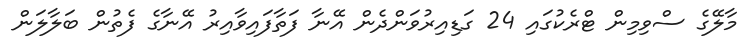
މާލޭގެ ސްވިމިން ޓްރެކުގައި 24 ގަޑިއިރުވަންދެން އޭނާ ފަތާފައިވާއިރު އޭނާގެ ފެތުން ބަލާލަން